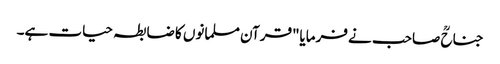
جناحؒ صاحب نے فرمایا"قرآن مسلمانوں کا ضابطہ حیات ہے۔